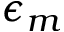
\epsilon _ { m }